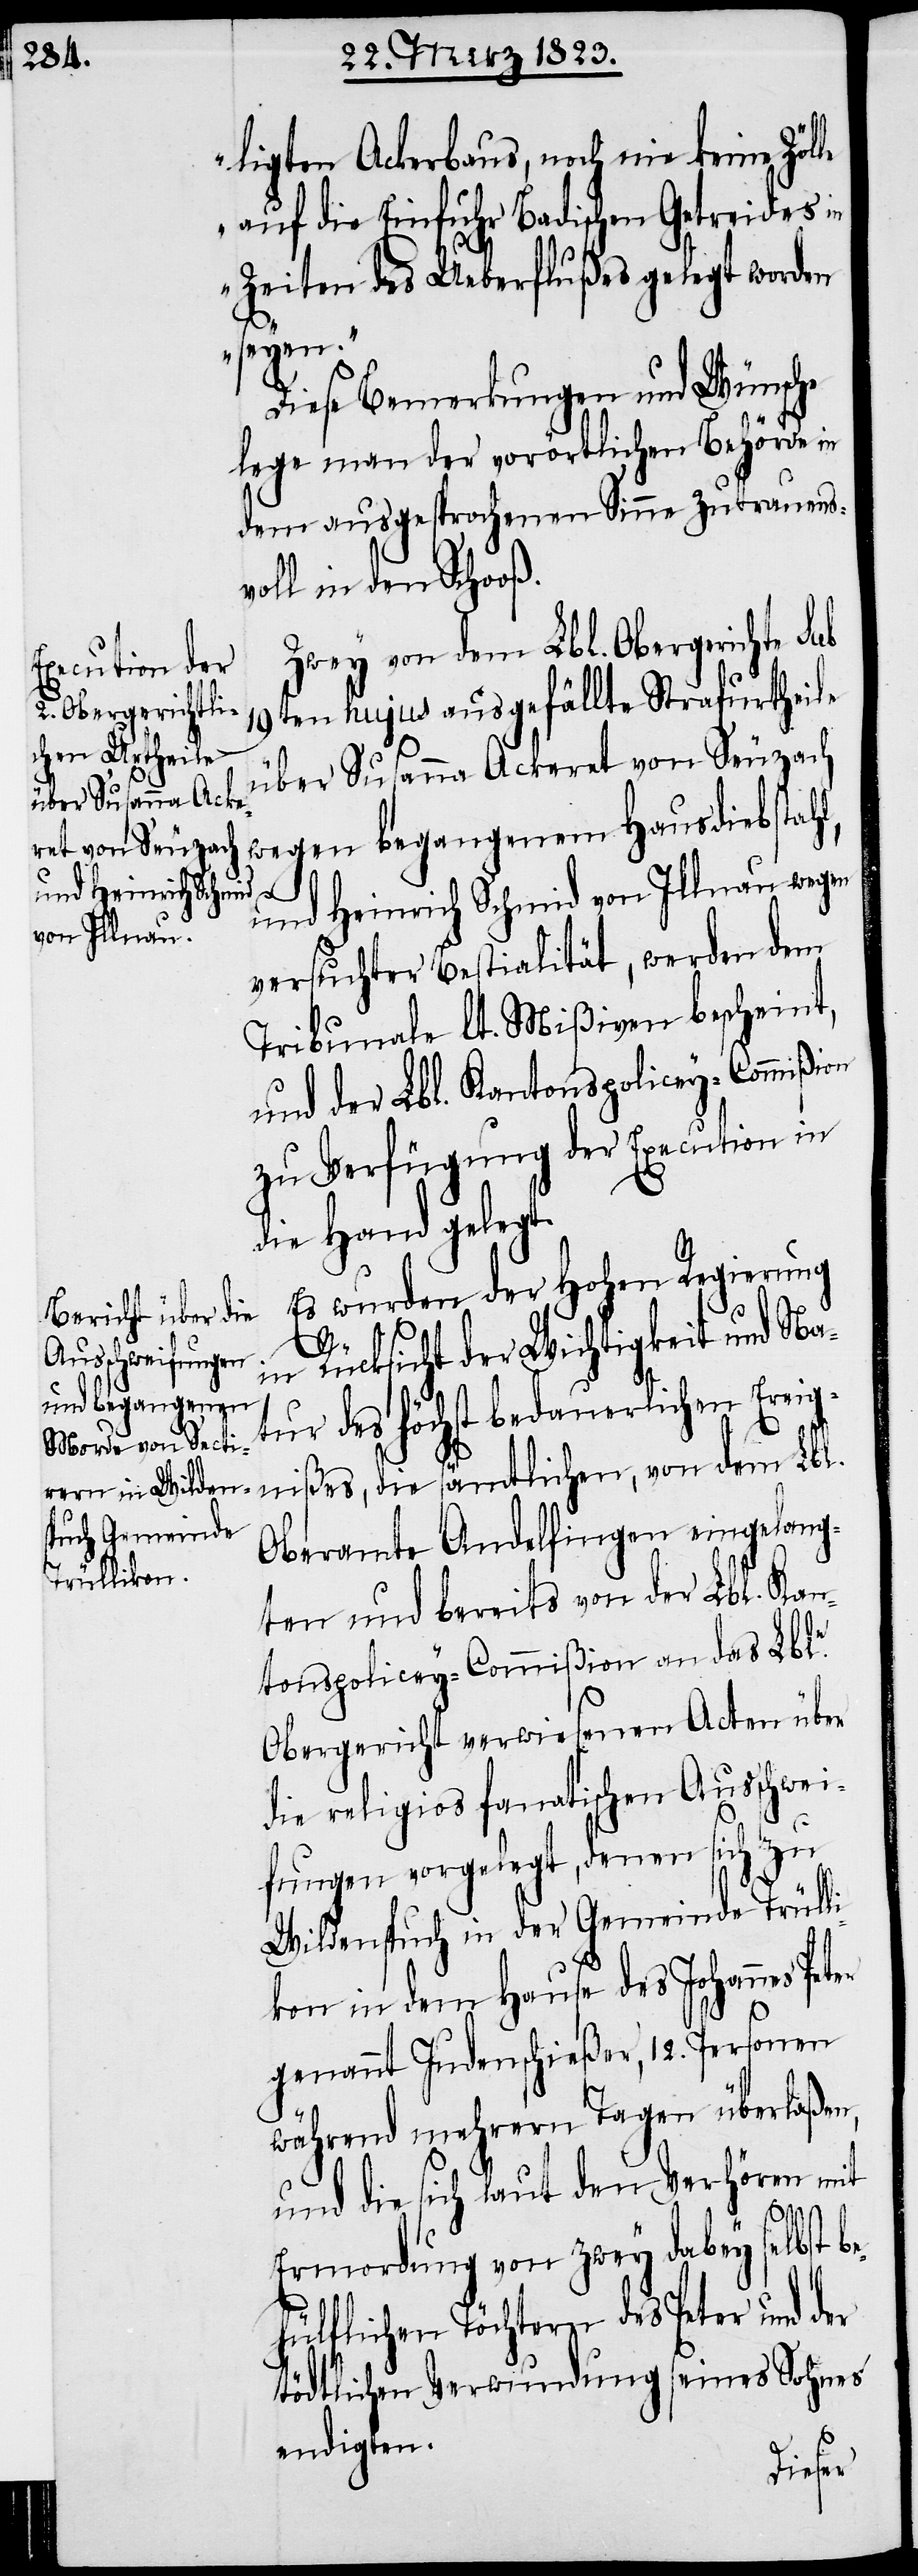
ligten Ackerbaus, noch nie keine Zöl¬
auf die Einfuhr Badischen Getreides in
Zeiten des Ueberflußes gelegt worden
seyen.“
Diese Bemerkungen und Wünsche
lege man der vorörtlichen Behörde in
dem ausgesprochenen Sinne zutrauens¬
voll in den Schooß.
Zwey von dem Lbl. Obergerichte Sub
19ten hujus ausgefällte Strafurtheile
über Susanna Ackeret von Seuzach
wegen begangenem Hausdiebstahl,
und Heinrich Schmid von Illnau wegen
versuchter Bestialität, werden dem
Tribunale lt. Mißiven bescheint,
und der Lbl. Kantonspolicey-Commißion
zu Verfügung der Execution in
die Hand gelegt.
Es wurden der Hohen Regierung
in Rücksicht der Wichtigkeit und Na¬
tur des höchst bedauerlichen Ereign¬
Oberamte Andelfingen eingelang¬
ten und bereits von der Lbl. Kan¬
tonspolicey-Commißion an das Lble.
Obergericht verwiesenen Acten über
die religios fanatischen Ausschwei¬
fungen vorgelegt, denen sich zu
Wildenspuch in der Gemeinde Trüll¬
ikon in dem Hause des Johannes Pet¬
genannt Judenschießer, 12. Personen
während mehrern Tagen überlaßen,
und die sich laut den Verhören mit
Ermordung von zwey dabey selbst b¬
hülflichen Töchtern des Peter und der
tödtlichen Verwundung seines Sohnes
er
e¬
endigten.